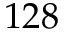
1 2 8